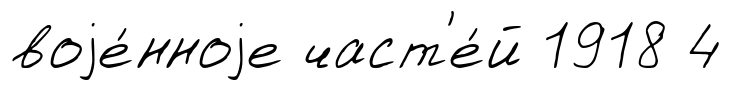
воjе́нноjе част'е́й 1918 4